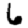
Digit: 6